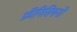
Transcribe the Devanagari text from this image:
फ़ीनिसियनों